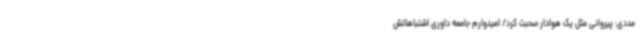
مددی: پیروانی مثل یک هوادار صحبت کرد/ امیدوارم جامعه داوری اشتباهاتش